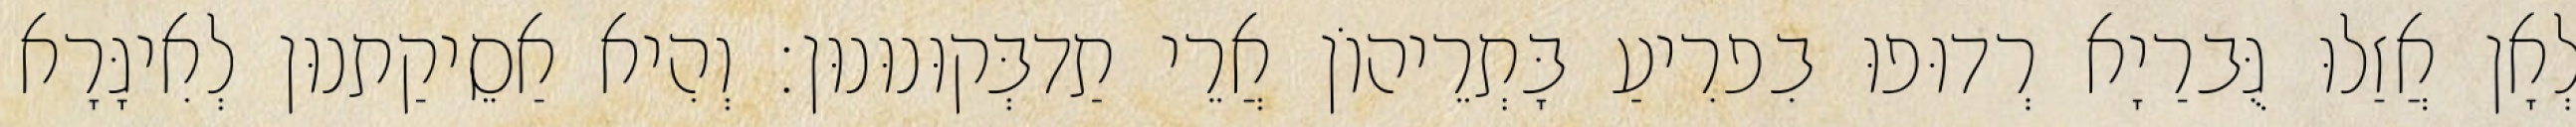
לְאָן אֲזַלוּ גֻּברַיָא רְדוּפוּ בִפרִיעַ בָּתְרֵיהוֹן אֲרֵי תַדבְּקוּנוּנוּן׃ וְהִיא אַסֵיקַתנוּן לְאִיגָּרָא